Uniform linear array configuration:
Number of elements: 8
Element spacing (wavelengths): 0.5
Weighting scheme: blackman
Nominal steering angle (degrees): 45
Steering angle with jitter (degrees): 45.345
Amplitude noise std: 0.05
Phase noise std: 0.05

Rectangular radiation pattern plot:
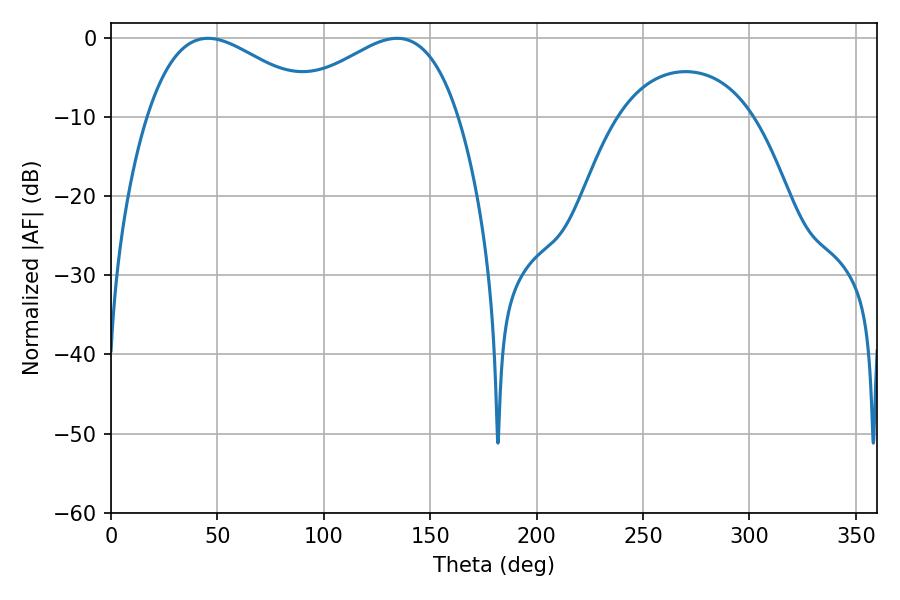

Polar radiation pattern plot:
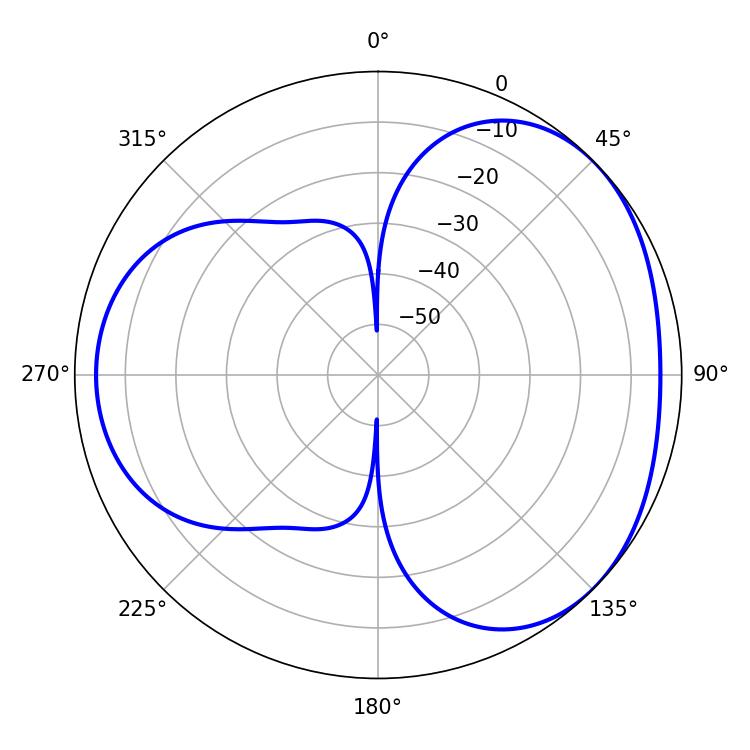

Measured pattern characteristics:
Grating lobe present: FALSE
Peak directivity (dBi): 3.463
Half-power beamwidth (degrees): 44.46
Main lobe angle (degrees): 45.54